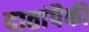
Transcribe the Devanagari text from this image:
दातांपैकी